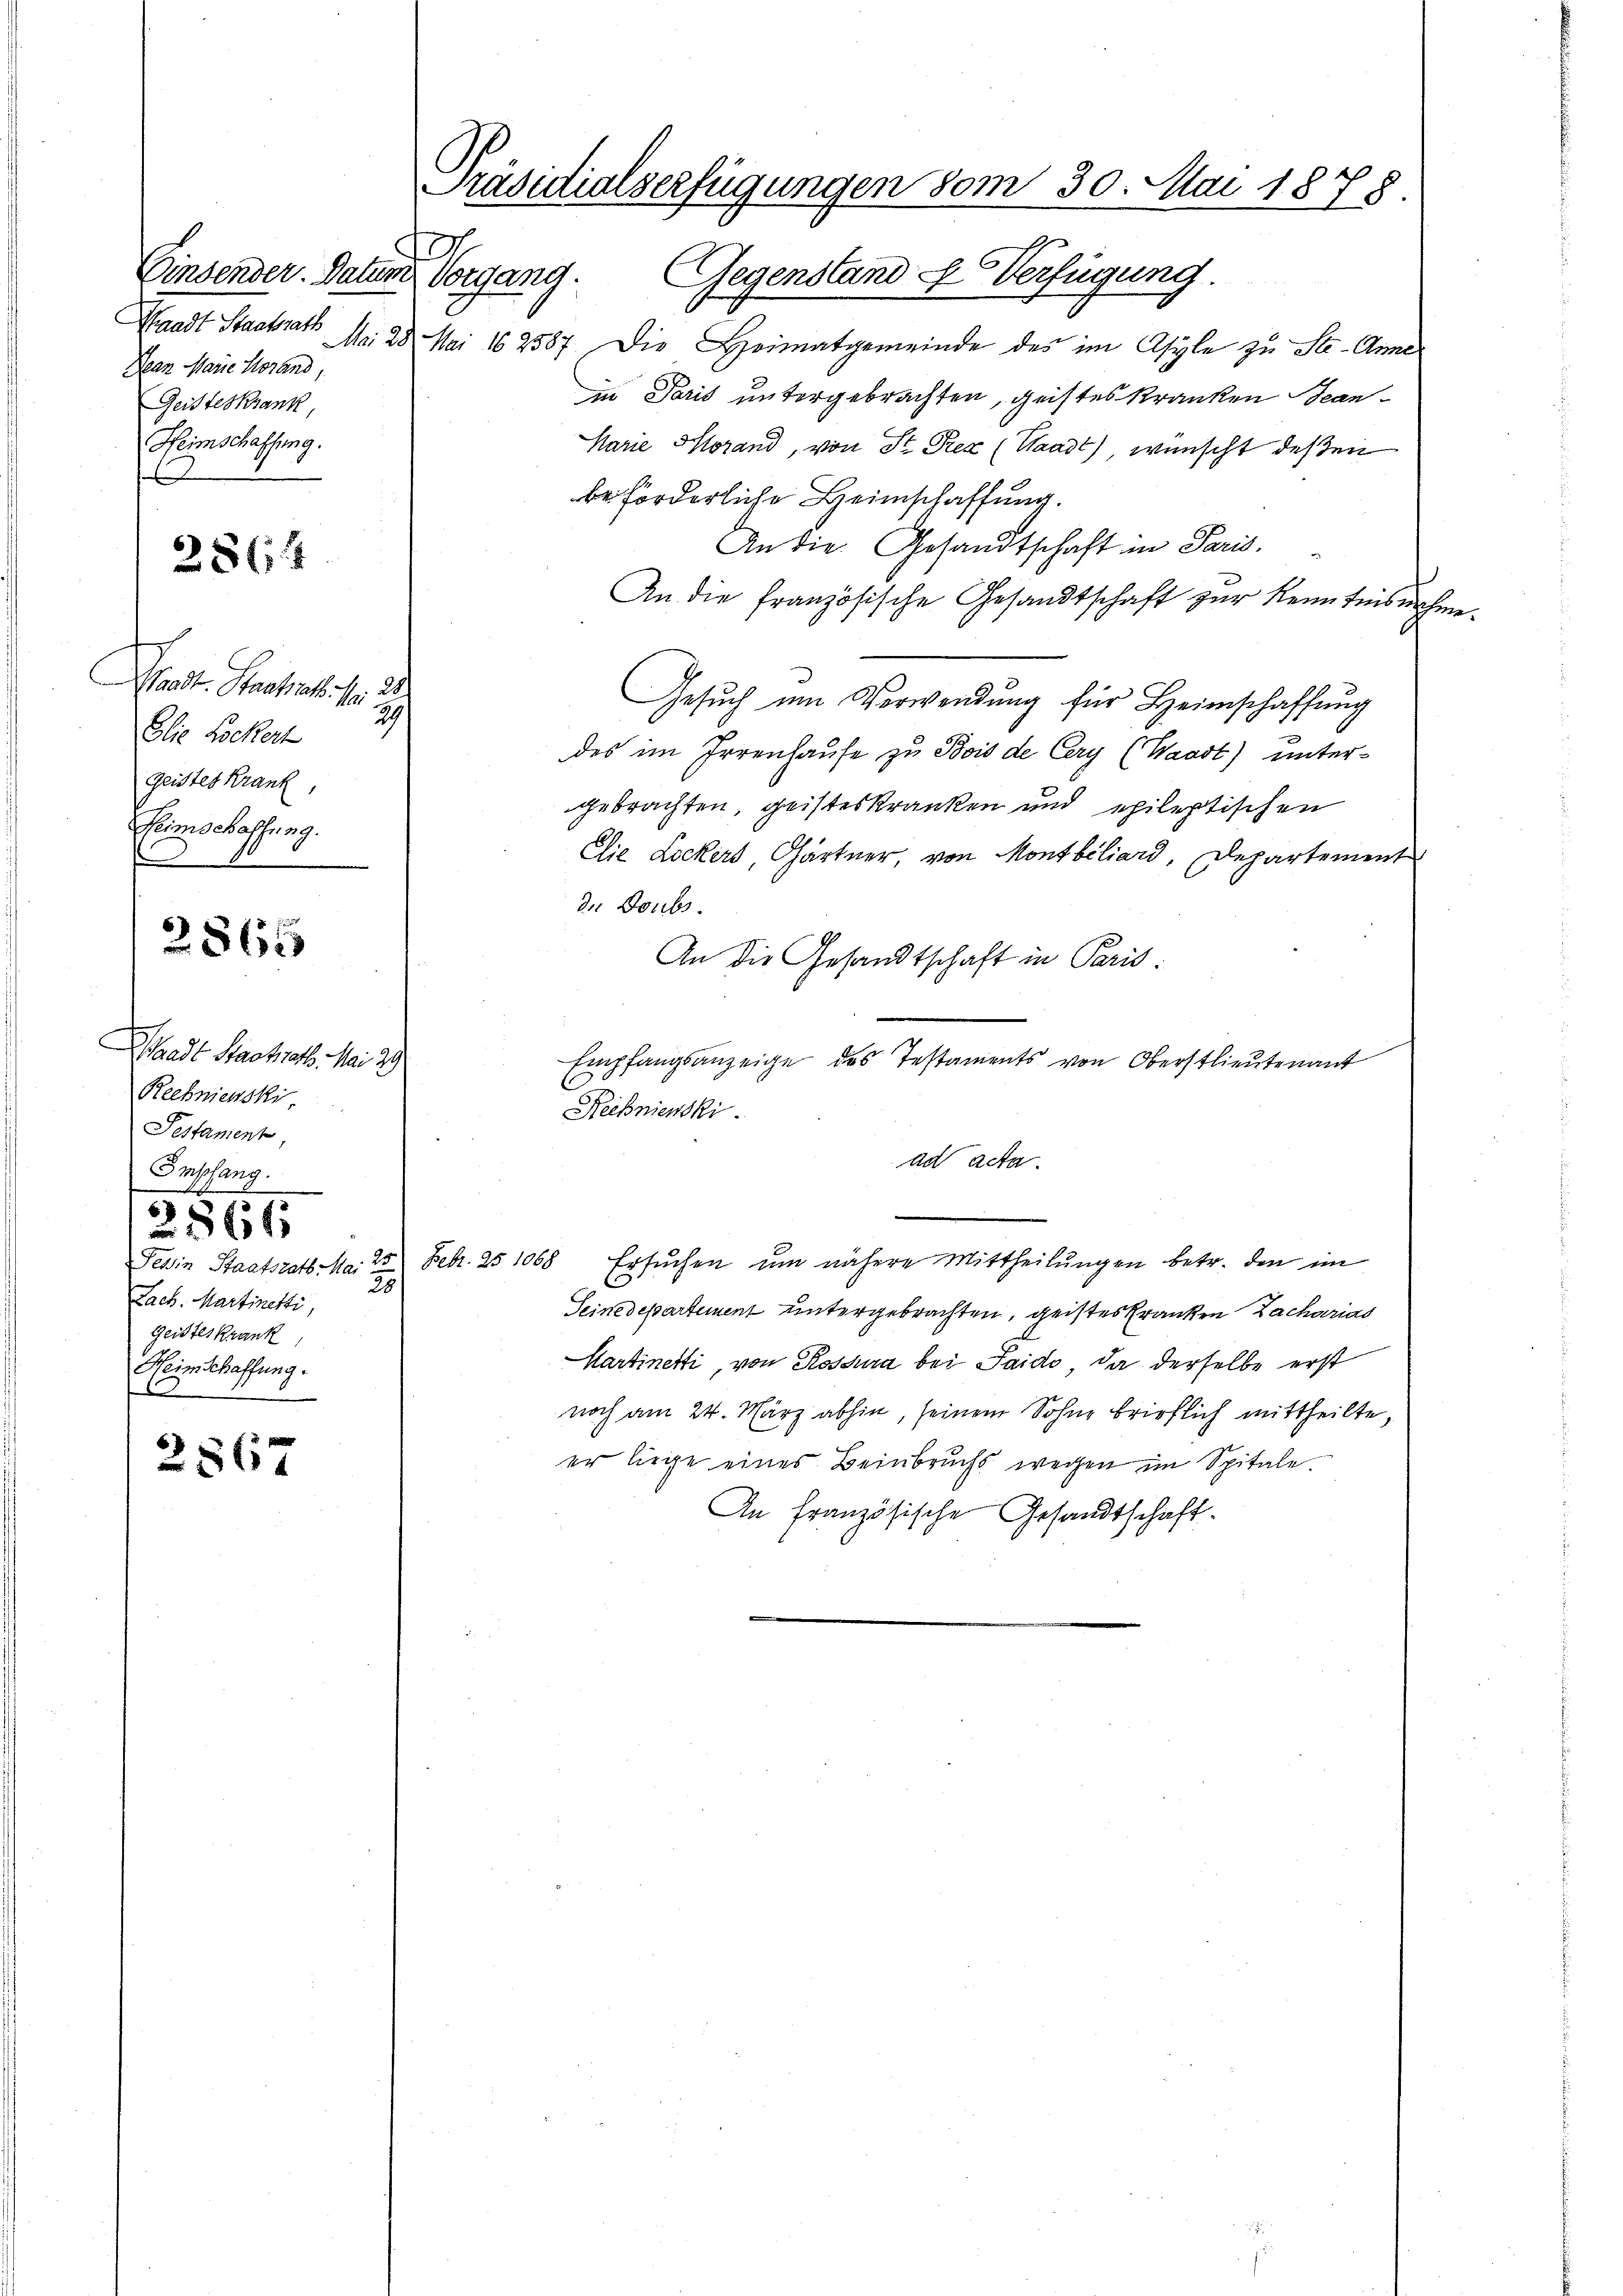
Waadt Staatsrath
Nean Marie Horand,
Geisteskrank,
Heimschaffung.
f

2864

Fact. Staatsrath sr.
a
29
Elie Lockert
geistes Krank,
Reimschaffung.
e

2865

Waadt Staatsrath. Mai 29.
Rechniewski
Testament,
Empfang.

e

25
Lach. Martinetti,
Geistes Krank
Heimschaffung.
1

2866

2567

Präsidialserfügungen vom 30. Mai 1878.
Einsender. Datum Vorgand. Gegenstand u Verfügung.

Mai 28. Mai 162587. Die Heimatgemeinde des im Asyle zu Ste-Anne
in Paris untergebrachten, geistes Kranken Bean¬
Marie Morand, von St. Pez (Waadt), wünscht deßen
beförderliche Heimschaffung.
An die Gesandtschaft in Paris.
An die französische Gesandtschaft zur Kenntnisnehme.
Gesŭch um Vorwendung für Heimschaffung
des im Irrenhause zu Bois de Cery (Waadt) untergebrachten, geisteskranken und epileptischen
Elie Lockers, Gärtner, von Montbiliard, Departement
de Doubs.
An die Gesandtschaft in Paris:
Empfangsanzeige des Testaments von Oberstlieutenant
Reißnienski
ad acta.
Tessin Staatsrath Ma. 25 Febr. 25. 1068 ersŭchen ŭm nähere Mittheilŭngen betr. den im
Seine departement untergebrachten, geistes Kranken Zacharias
Martinetti, von Rossura bei Saido, da derselbe erst
noch am 24. März abhin, seinem Sohne brieflich mittheilte,
er liege eines Beinbruchs wegen im Spitale.
An Französische Gesandtschaft.